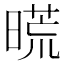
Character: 𣉪